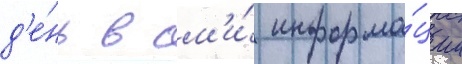
д'е́нь в см'и́ информа́ции